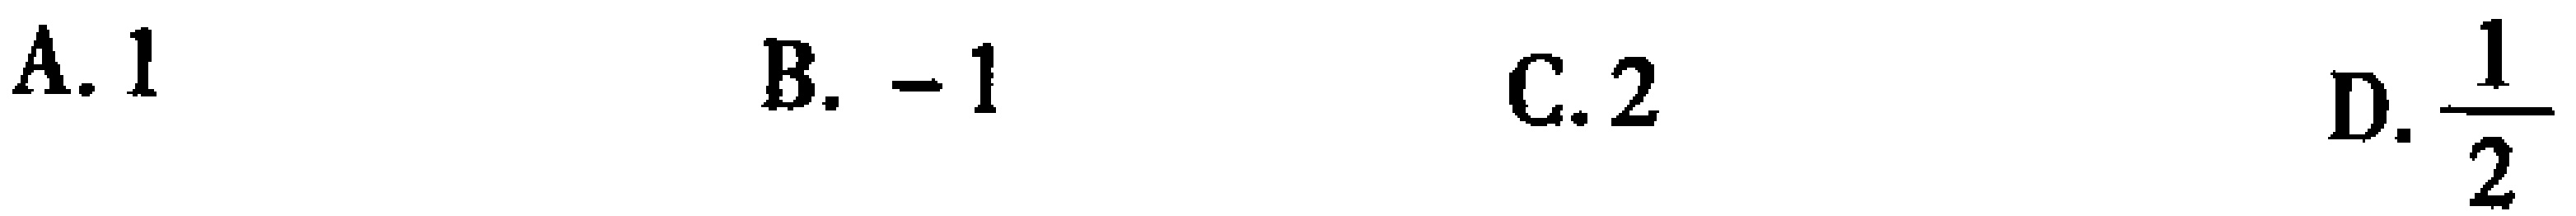
A. \(1\)  B. \(-1\)  C. \(2\)  D. \(\frac{1}{2}\)